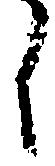
し